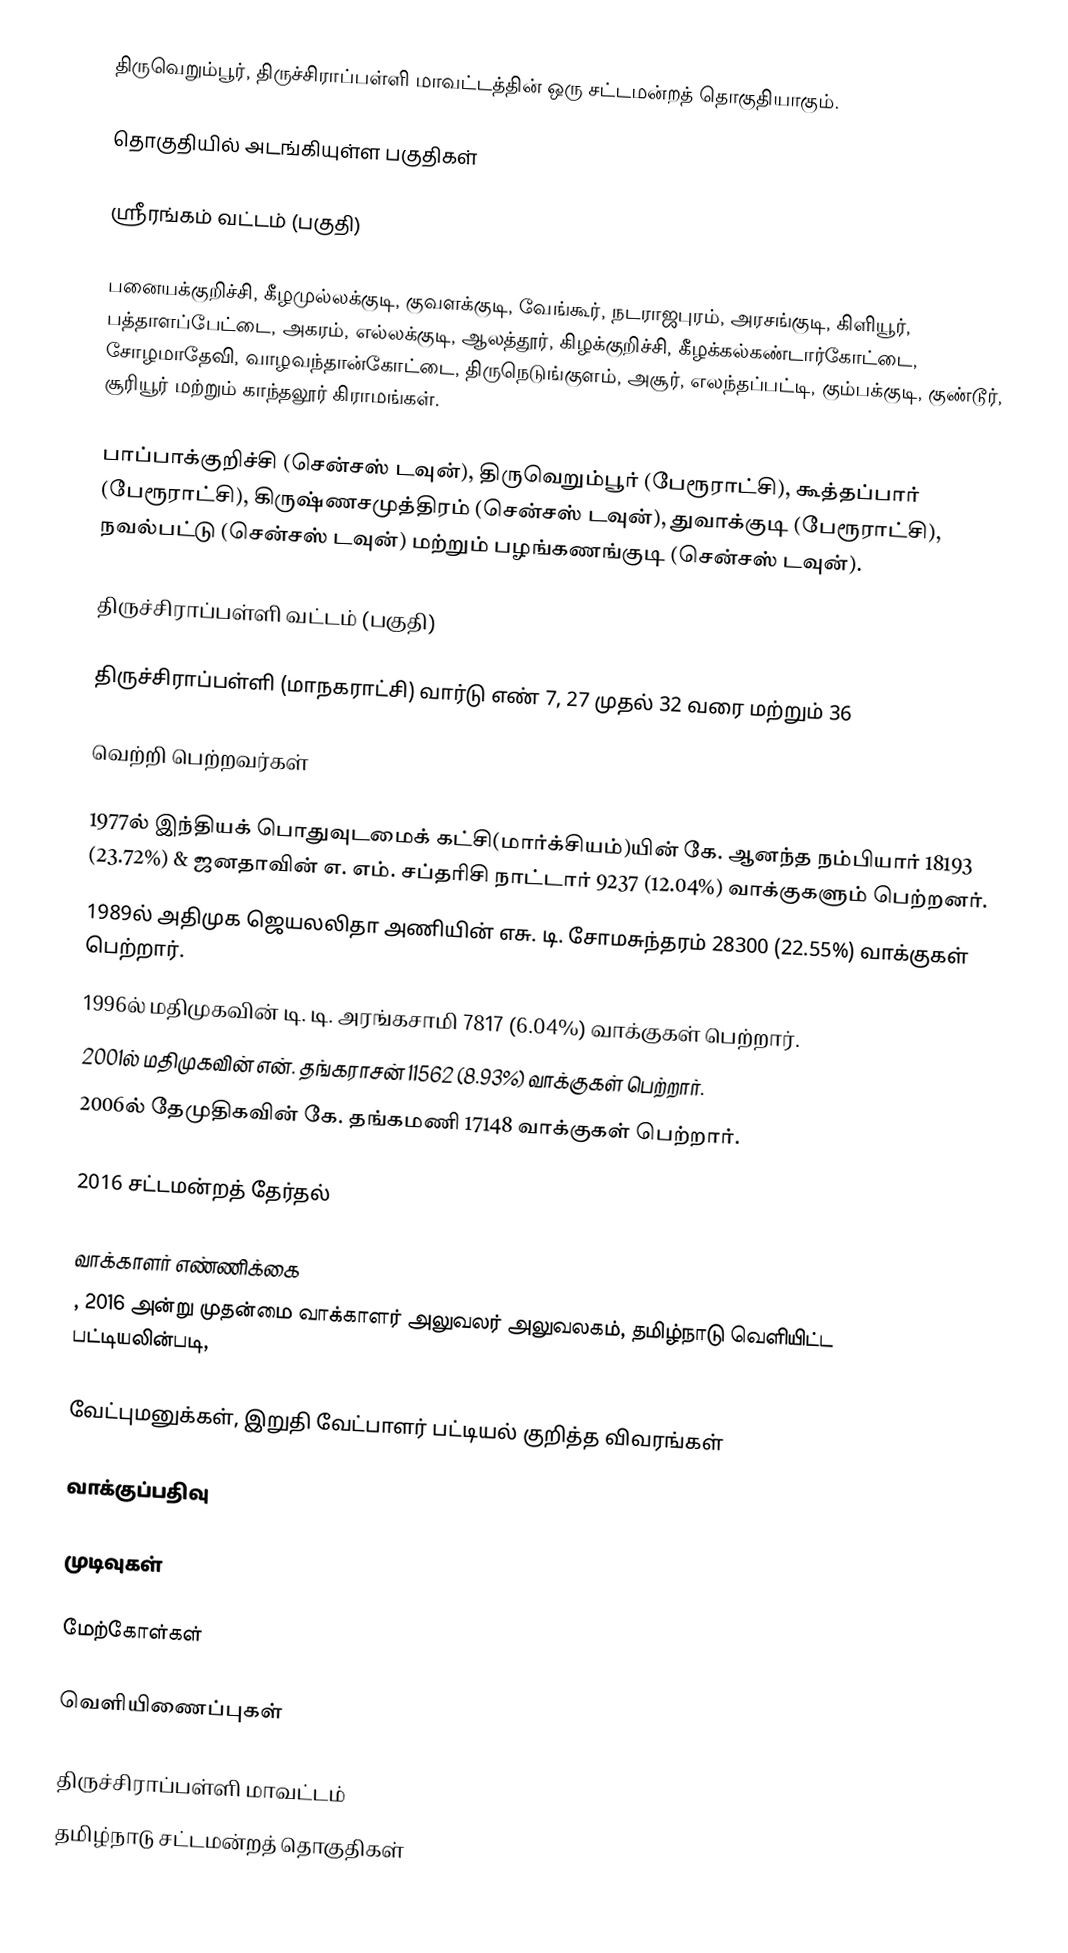
திருவெறும்பூர், திருச்சிராப்பள்ளி மாவட்டத்தின் ஒரு சட்டமன்றத் தொகுதியாகும்.

தொகுதியில் அடங்கியுள்ள பகுதிகள்

ஸ்ரீரங்கம் வட்டம் (பகுதி)

பனையக்குறிச்சி, கீழமுல்லக்குடி, குவளக்குடி, வேங்கூர், நடராஜபுரம், அரசங்குடி, கிளியூர், பத்தாளப்பேட்டை, அகரம், எல்லக்குடி, ஆலத்தூர், கிழக்குறிச்சி, கீழக்கல்கண்டார்கோட்டை, சோழமாதேவி, வாழவந்தான்கோட்டை, திருநெடுங்குளம், அசூர், எலந்தப்பட்டி, கும்பக்குடி, குண்டூர், சூரியூர் மற்றும் காந்தலூர் கிராமங்கள்.

பாப்பாக்குறிச்சி (சென்சஸ் டவுன்), திருவெறும்பூர் (பேரூராட்சி), கூத்தப்பார் (பேரூராட்சி), கிருஷ்ணசமுத்திரம் (சென்சஸ் டவுன்), துவாக்குடி (பேரூராட்சி), நவல்பட்டு (சென்சஸ் டவுன்) மற்றும் பழங்கணங்குடி (சென்சஸ் டவுன்).

திருச்சிராப்பள்ளி வட்டம் (பகுதி)

திருச்சிராப்பள்ளி (மாநகராட்சி) வார்டு எண் 7, 27 முதல் 32 வரை மற்றும் 36

வெற்றி பெற்றவர்கள்

1977ல் இந்தியக் பொதுவுடமைக் கட்சி(மார்க்சியம்)யின் கே. ஆனந்த நம்பியார் 18193 (23.72%) & ஜனதாவின் எ. எம். சப்தரிசி நாட்டார் 9237 (12.04%) வாக்குகளும் பெற்றனர்.
1989ல் அதிமுக ஜெயலலிதா அணியின் எசு. டி. சோமசுந்தரம் 28300 (22.55%) வாக்குகள் பெற்றார்.
1996ல் மதிமுகவின் டி. டி. அரங்கசாமி 7817 (6.04%) வாக்குகள் பெற்றார்.
2001ல் மதிமுகவின் என். தங்கராசன் 11562 (8.93%) வாக்குகள் பெற்றார்.
2006ல் தேமுதிகவின் கே. தங்கமணி 17148 வாக்குகள் பெற்றார்.

2016 சட்டமன்றத் தேர்தல்

வாக்காளர் எண்ணிக்கை
, 2016 அன்று முதன்மை வாக்காளர் அலுவலர் அலுவலகம், தமிழ்நாடு வெளியிட்ட பட்டியலின்படி,

வேட்புமனுக்கள், இறுதி வேட்பாளர் பட்டியல் குறித்த விவரங்கள்

வாக்குப்பதிவு

முடிவுகள்

மேற்கோள்கள்

வெளியிணைப்புகள்

திருச்சிராப்பள்ளி மாவட்டம்
தமிழ்நாடு சட்டமன்றத் தொகுதிகள்